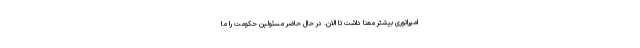
امپراتوری بیشتر معنا داشت تا الان. در حال حاضر مسئولین حکومت را ما